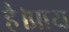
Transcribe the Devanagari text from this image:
है।प्राय